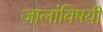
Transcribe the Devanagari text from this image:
जालांविषयी